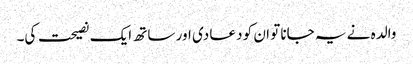
والدہ نے یہ جانا تو ان کو دعا دی اور ساتھ ایک نصیحت کی۔